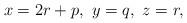
LaTeX: \begin{align*}x=2r+p,\ y=q,\ z=r,\end{align*}